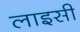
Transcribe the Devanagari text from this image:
लाइसी